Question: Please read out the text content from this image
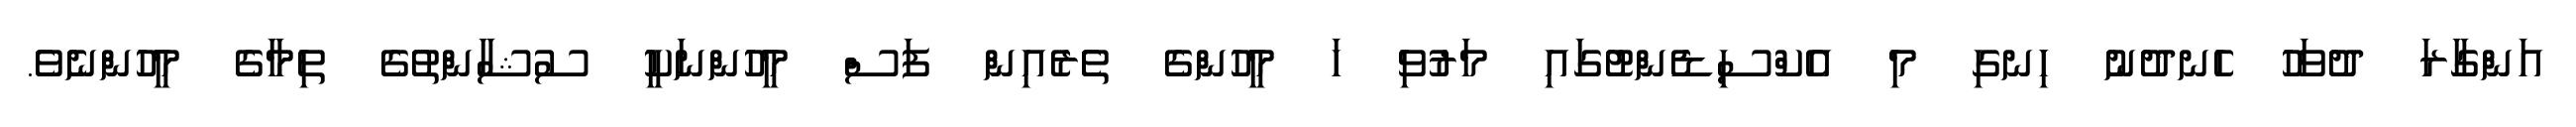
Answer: އަންގާރަ ދުވަހު ހެނދުނު ހިނގި މި އެކްސިޑެންޓުގައި މަރުވި ހަ މީހުންގެ ތެރެއިން ފަސް މީހުންނަކީ ސުޝާންތުގެ ތިމާގެ މީހުންނެވެ.